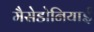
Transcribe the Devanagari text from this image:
मैसेडोनियाई